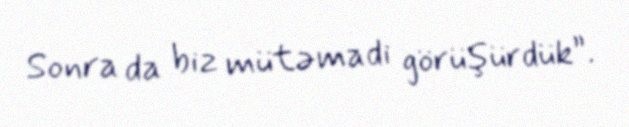
Sonra da biz mütəmadi görüşürdük”.